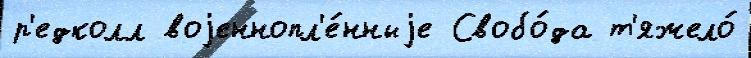
р'едколл воjеннопл'е́нныjе Свобо́да т'яжело́